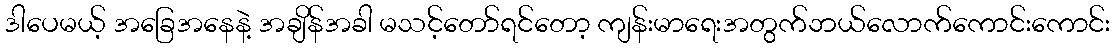
ဒါပေမယ့် အခြေအနေနဲ့ အချိန်အခါ မသင့်တော်ရင်တော့ ကျန်းမာရေးအတွက်ဘယ်လောက်ကောင်းကောင်း